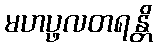
မဟပ္ဖလတရန္တိ